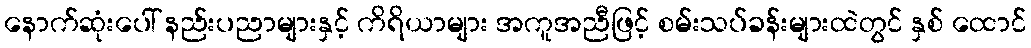
နောက်ဆုံးပေါ် နည်းပညာများနှင့် ကိရိယာများ အကူအညီဖြင့် စမ်းသပ်ခန်းများထဲတွင် နှစ် ထောင်